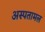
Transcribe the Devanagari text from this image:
अस्पतामल